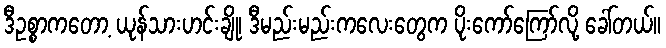
ဒီဥစ္စာကတော့ ယုန်သားဟင်းချို၊ ဒီမည်းမည်းကလေးတွေက ပိုးကော်ကြော်လို့ ခေါ်တယ်။